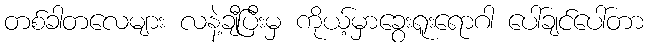
တစ်ခါတလေများ လနဲ့ချီပြီးမှ ကိုယ့်မှာခွေးရူးရောဂါ ပေါ်ချင်ပေါ်တာ